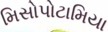
મિસોપોટામિયા